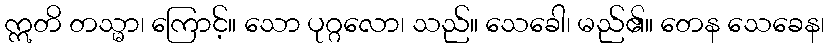
ဣတိ တသ္မာ၊ ကြောင့်။ သော ပုဂ္ဂလော၊ သည်။ သေခေါ၊ မည်၏။ တေန သေခေန၊